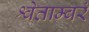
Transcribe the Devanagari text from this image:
श्वेताम्बरं